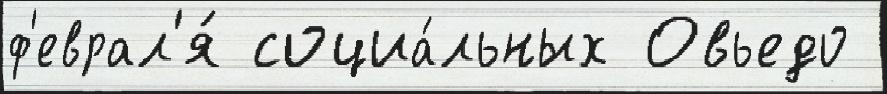
ф'еврал'я́ социа́льных Овьедо